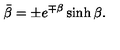
\bar { \beta } = \pm e ^ { \mp \beta } \sinh \beta .